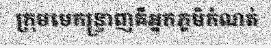
ក្រុមមេកន្ទ្រាញគឺអ្នកភូមិកំណត់